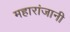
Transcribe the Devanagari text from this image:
महारांजानी